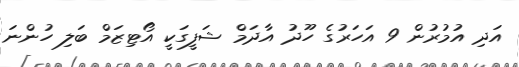
އަދި އުމުރުން 9 އަހަރުގެ ހޫދު އާދަމް ޝަފީގަކީ އޯޓިޒަމް ބަލި ހުންނަ